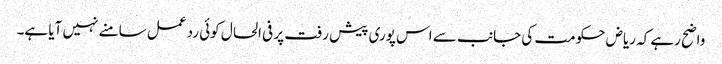
واضح رہے کہ ریاض حکومت کی جانب سے اس پوری پیش رفت پر فی الحال کوئی رد عمل سامنے نہیں آیا ہے۔